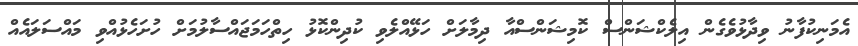
އެމަނިކުފާނު ވިދާާޅުވެގެން އިލެކްޝަންސް ކޮމިޝަންސްއާ ދިމާލަށް ހަޅޭއްލެވި ކުދިންކޮޅު ހިތްހަމަޖައްސާލުމަށް ހުށަހެޅުއްވި މައްސަލައެއް